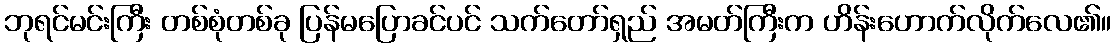
ဘုရင်မင်းကြီး တစ်စုံတစ်ခု ပြန်မပြောခင်ပင် သက်တော်ရှည် အမတ်ကြီးက ဟိန်းဟောက်လိုက်လေ၏။